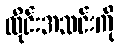
ထိုင်းအသင်းကို